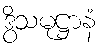
ဒွိသမုဋ္ဌာနံ